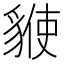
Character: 𧳡